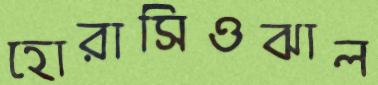
হোরাসিওঝাল